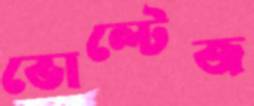
ভোল্টেজ